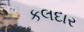
કલદાર